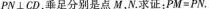
PN⊥CD，垂足分别是点M，N.求证：$$P M = P N$$.